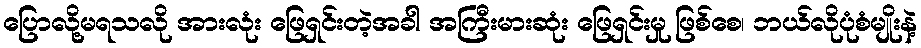
ပြောလို့မရသလို အားလုံး ဖြေရှင်းတဲ့အခါ အကြီးမားဆုံး ဖြေရှင်းမှု ဖြစ်စေ၊ ဘယ်လိုပုံစံမျိုးနဲ့